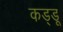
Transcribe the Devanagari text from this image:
कड्डू